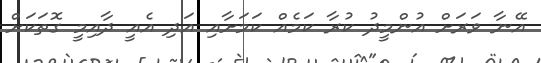
އޭނާ ވަރަށް އުންމީދު ކުރާ ކަމެއް ކަމަށާއި އަދި އެއީ ދާއިމީ ގޮތަކަށް